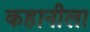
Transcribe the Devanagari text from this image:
कहानीला